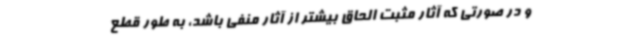
و در صورتی که آثار مثبت الحاق بیشتر از آثار منفی باشد، به طور قطع